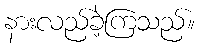
နားလည်ခဲ့ကြသည်။